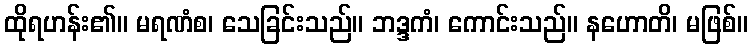
ထိုရဟန်း၏။ မရဏံစ၊ သေခြင်းသည်။ ဘဒ္ဒကံ၊ ကောင်းသည်။ နဟောတိ၊ မဖြစ်။